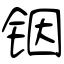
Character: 铟